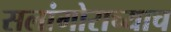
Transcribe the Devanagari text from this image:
सलांगोराच्याच